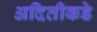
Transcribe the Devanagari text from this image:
अदितीकडे